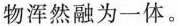
物浑然融为一体。